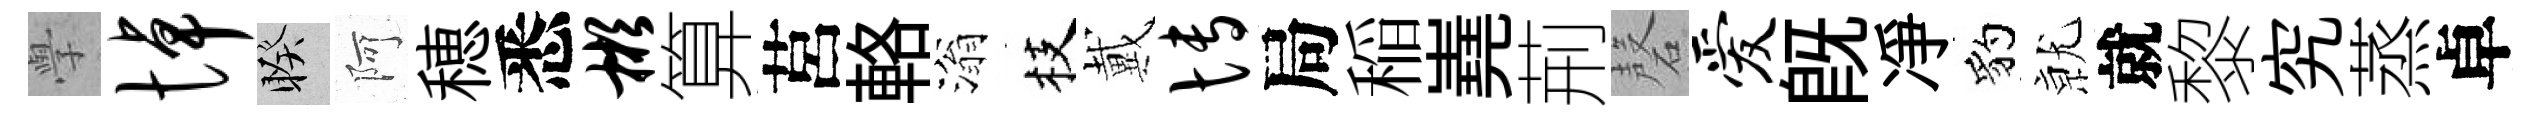
𭓕悼睽阿穂悉彬算莒輅滃枝戴博局稲嶤荊磬爱旣凈豹𭕒就黎究蒸卓